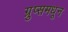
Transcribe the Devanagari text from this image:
ग्रुप्समधून